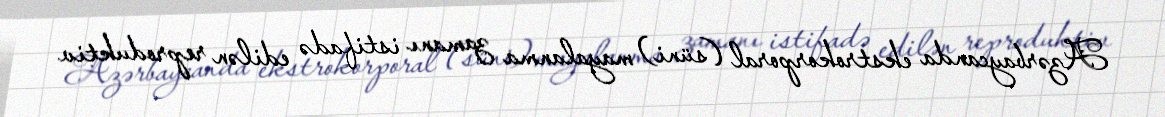
Azərbaycanda ekstrokorporal (süni) mayalanma zamanı istifadə edilən reproduktiv